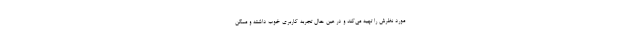
مورد نظرش را تهیه می‌کند و در عین حال تجربه کاربری خوب داشته و ممکن